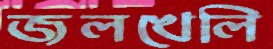
জলখেলি